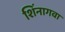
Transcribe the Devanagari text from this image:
शिंनागवा